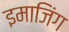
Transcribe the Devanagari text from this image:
इमाजिंग